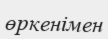
өркенімен